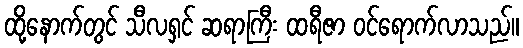
ထို့နောက်တွင် သီလရှင် ဆရာကြီး ထရီဇာ ဝင်ရောက်လာသည်။